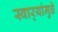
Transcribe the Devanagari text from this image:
स्वार्‍यांमुळे